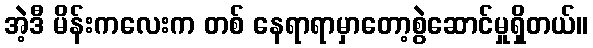
အဲ့ဒီ မိန်းကလေးက တစ် နေရာရာမှာတော့စွဲဆောင်မှုရှိတယ်။